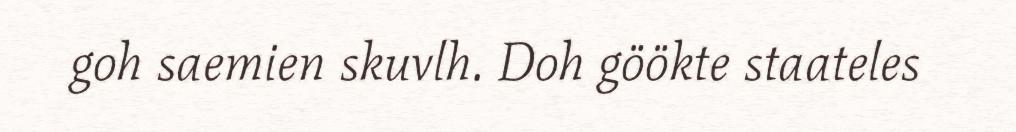
goh saemien skuvlh. Doh göökte staateles